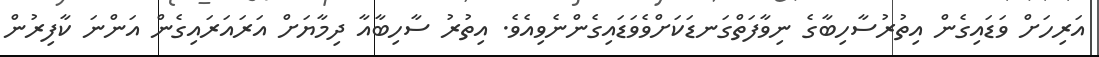
އަރިހަށް ވަޑައިގެން އިތުރުސާހިބާގެ ނިވާފަތްގަނޑަކަށްވެވަޑައިގެންނެވިއެވެ. އިތުރު ސާހިބާއާ ދިމާޔަށް އަރައަރައިގެން އަންނަ ކާފިރުން